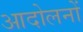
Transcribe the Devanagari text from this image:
आदोलनों